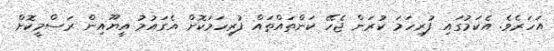
އަހަރެވެ. އެކަމުގައި ފުރިހަމަ ކުރަން ޖެހޭ ކަންތައްތައް ފުރިހަމަކޮށް އެގައުމު އީޔޫއިން ރަސްމީކޮށް